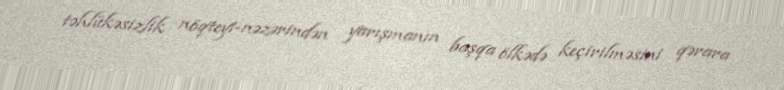
təhlükəsizlik nöqteyi-nəzərindən yarışmanın başqa ölkədə keçirilməsini qərara